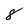
Character: 8